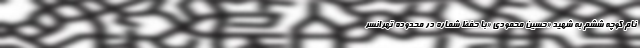
نام کوچه ششم به شهید «حسین محمودی «با حفظ شماره در محدوده تهرانسر